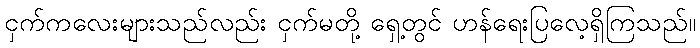
ငှက်ကလေးများသည်လည်း ငှက်မတို့ ရှေ့တွင် ဟန်ရေးပြလေ့ရှိကြသည်။